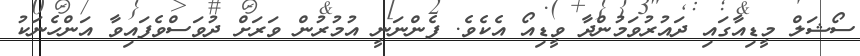
ސޯޝަލް މީޑިއާގައި ދައުރުވަމުންދާ ވީޑިއޯ އެކެވެ. ފެންނަނީ އުމުރުން ވަރަށް ދުވަސްވެފައިވާ އަންހެނަކު